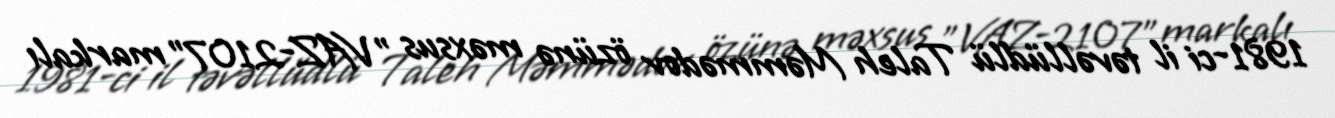
1981-ci il təvəllüdlü Taleh Məmmədov özünə məxsus "VAZ-2107" markalı